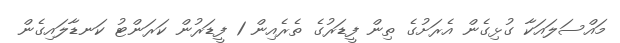
މައްސަލައަކާ ގުޅިގެން އެރަށުގެ ތިން ފީޑަރުގެ ތެރެއިން 1 ފީޑަރުން ކަރަންޓު ކަނޑާލައިގެން